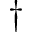
\dagger